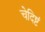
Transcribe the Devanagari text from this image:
चेदिष्टं